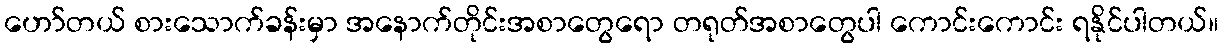
ဟော်တယ် စားသောက်ခန်းမှာ အနောက်တိုင်းအစာတွေရော တရုတ်အစာတွေပါ ကောင်းကောင်း ရနိုင်ပါတယ်။